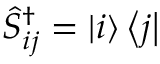
\hat { S } _ { i j } ^ { \dagger } = \ensuremath { \left| i \right\rangle } \ensuremath { \left\langle j \right| }